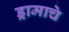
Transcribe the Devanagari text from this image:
ड्रामाचे